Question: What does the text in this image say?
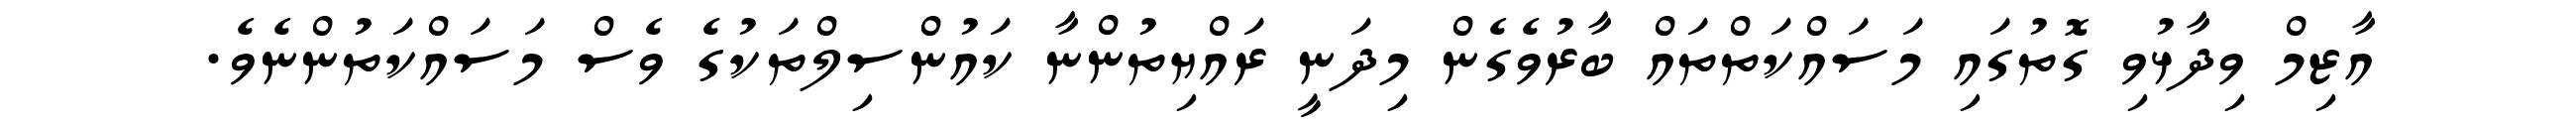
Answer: އާޒިމް ވިދާޅުވި ގޮތުގައި މަސައްކަތްތައް ބާރުވެގެން މިދަނީ ރައްޔިތުންނާ ކައުންސިލްތަކުގެ ވެސް މަސައްކަތުންނެވެ.